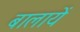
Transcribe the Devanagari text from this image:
बालायें